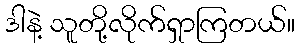
ဒါနဲ့ သူတို့လိုက်ရှာကြတယ်။